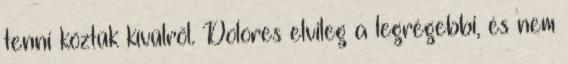
tenni köztük kívülről. Dolores elvileg a legrégebbi, és nem